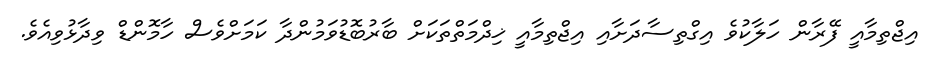
އިޖްތިމާއީ ފޭރާން ހަލާކުވެ އިގްތިސާދަށާއި އިޖްތިމާއީ ޚިދްމަތްތަކަށް ބާރުބޮޑުވަމުންދާ ކަަމަށްވެސް ހާމޮންޑް ވިދާޅުވިއެވެ.